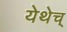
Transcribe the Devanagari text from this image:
येथेच्